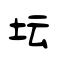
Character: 坛